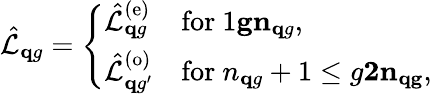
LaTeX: \hat{\mathcal{L}}_{\mathbf qg}=\left\{ \begin{array}{ll}{\hat{\mathcal L}_{{\mathbf qg}}^{(\mathrm{e})}}&{\mathrm{for}~{1\le{g}\le n_{\mathbf{q}g}},}\\ {\hat{\mathcal L}_{{\mathbf qg^{\prime}}}^{(\mathrm{o})}}&{\mathrm{for}~{n_{\mathbf{q}g}+1\leq{g}\le{2n_{\mathbf{q}g}}},}\end{array}\right.